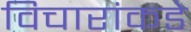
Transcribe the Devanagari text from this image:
विचारांकडे